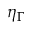
\eta _ { \Gamma }